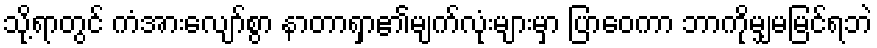
သို့ရာတွင် ကံအားလျော်စွာ နာတာရှာ၏မျက်လုံးများမှာ ပြာဝေကာ ဘာကိုမျှမမြင်ရဘဲ